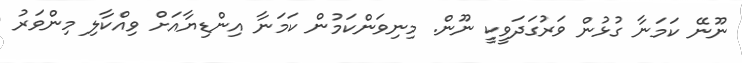
ނޫނޭ ކަމަނާ ގުޅުން ވަރުގަދަވީކީ ނޫން. މިނިވަންކަމުން ކަމަނާ އިންޑިޔާއަށް ވިއްކާލި މިންވަރު